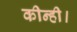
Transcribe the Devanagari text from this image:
कीन्ही।